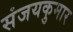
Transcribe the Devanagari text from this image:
संजयकुमार